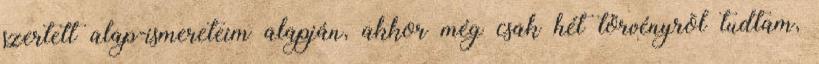
szertett alap-ismereteim alapján, akkor még csak hét törvényrõl tudtam,